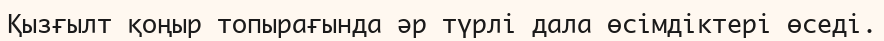
Қызғылт қоңыр топырағында әр түрлі дала өсімдіктері өседі.